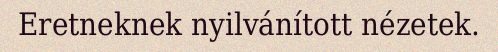
Eretneknek nyilvánított nézetek.